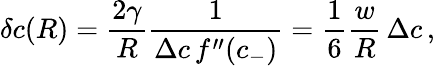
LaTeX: \delta c(R)=\frac{2\gamma}{R}\frac{1}{\Delta c\, f^{\prime\prime}(c_{-})}=\frac{1}{6}\frac{w}{R}\, \Delta c\, ,